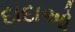
દાદાઓ